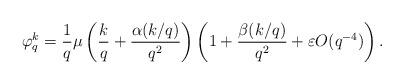
LaTeX: \begin{align*} \varphi_q^k &= \frac{1}{q} \mu \left (\frac{k}{q}+ \frac{\alpha(k/q)}{q^2} \right )\left (1+ \frac{\beta(k/q)}{q^2} + \varepsilon O(q^{-4}) \right ).\end{align*}